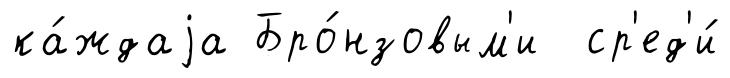
ка́ждаjа Бро́нзовым'и ср'ед'и́